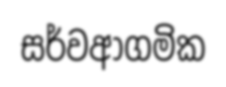
සර්වආගමික